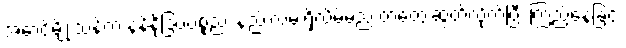
အောင်မျိုးသန့်က နန်နိုဒြပ်ပစ္စည်း နည်းလမ်းရှိလိမ့်မည် တံတွေးဆွတ်လိုက်ပြီး ကြည့်နေခြင်း